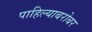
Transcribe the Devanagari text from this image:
पाहिल्याबरोबर